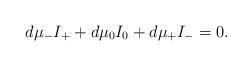
LaTeX: \begin{align*}d\mu_-I_+ + d\mu_0 I_0 + d\mu_+I_- = 0 \rlap{.}\end{align*}